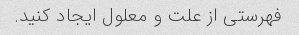
فهرستی از علت و معلول ایجاد کنید.